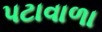
પટાવાળા